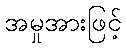
အမှုအားဖြင့်